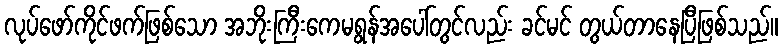
လုပ်ဖော်ကိုင်ဖက်ဖြစ်သော အဘိုးကြီးကေမရွန်အပေါ်တွင်လည်း ခင်မင် တွယ်တာနေပြီဖြစ်သည်။